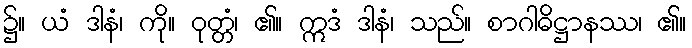
၌။ ယံ ဒါနံ၊ ကို။ ဝုတ္တံ၊ ၏။ ဣဒံ ဒါနံ၊ သည်။ စာဂါဓိဋ္ဌာနဿ၊ ၏။